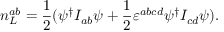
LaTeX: n _ { L } ^ { a b } = \frac 1 2 ( \psi ^ { \dagger } I _ { a b } \psi + \frac 1 2 \varepsilon ^ { a b c d } \psi ^ { \dagger } I _ { c d } \psi ) .